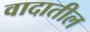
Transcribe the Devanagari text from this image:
वादातील